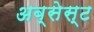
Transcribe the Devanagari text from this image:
अब्सेस्ट